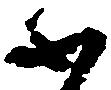
ふ